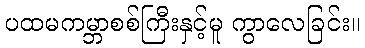
ပထမကမ္ဘာစစ်ကြီးနှင့်မူ ကွာလေခြင်း။